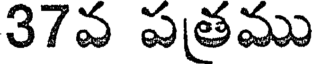
37వ పతము